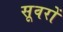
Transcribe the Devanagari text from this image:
सूवरों